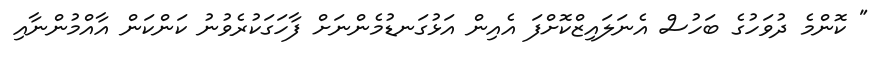
" ކޮންމެ ދުވަހުގެ ބަހުސް އެނަލައިޒްކޮށްފަ އެއިން އަޅުގަނޑުމެންނަށް ފާހަގަކުރެވުނު ކަންކަން އާއްމުންނާއި